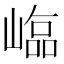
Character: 𡻵